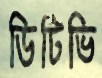
ডিটিভি